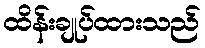
ထိန်းချုပ်ထားသည်